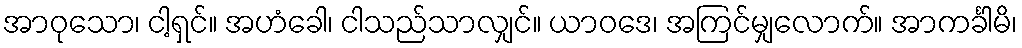
အာဝုသော၊ ငါ့ရှင်။ အဟံခေါ၊ ငါသည်သာလျှင်။ ယာဝဒေ၊ အကြင်မျှလောက်။ အာကင်္ခါမိ၊